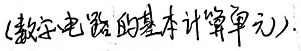
(数字电路的基本计算单元)